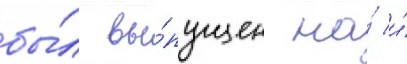
бы́л вы́пущен на́ и́